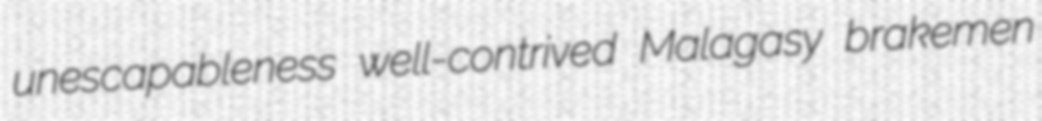
unescapableness well-contrived Malagasy brakemen